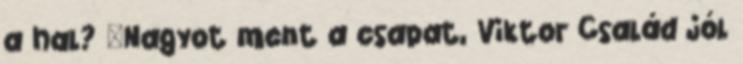
a hal? "Nagyot ment a csapat, Viktor Család jól